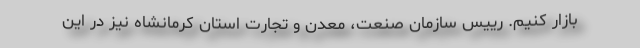
بازار کنیم. رییس سازمان صنعت، معدن و تجارت استان کرمانشاه نیز در این